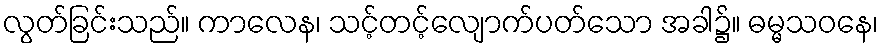
လွတ်ခြင်းသည်။ ကာလေန၊ သင့်တင့်လျောက်ပတ်သော အခါ၌။ ဓမ္မသဝနေ၊